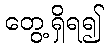
တွေ့ရှိရ၍